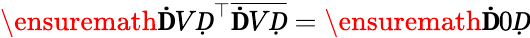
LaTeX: \ensuremath{\mathbf ḊVḌ}^{\top}\overline{{\mathbf ḊVḌ}}=\ensuremath{\mathbf Ḋ0Ḍ}